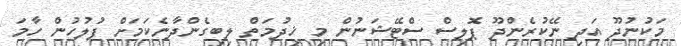
މަކުނުދޫ އަދި ނޭކުރެންދޫ ޕޮލިސް ސްޓޭޝަނުން މި ޚިދުމަތް ލިބިގެންދާނެކަމަށް ފުލުހުން ހާމަ